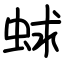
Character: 蛷